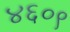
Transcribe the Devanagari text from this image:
४६०९